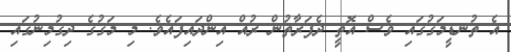
އެ ތުނޑީމަގުގައި ވެސް އޮތީ ދެފަރާތުން ރުއް އިންދައިފައެވެ. މި މަގުގެ ދިގުމިނުގައި